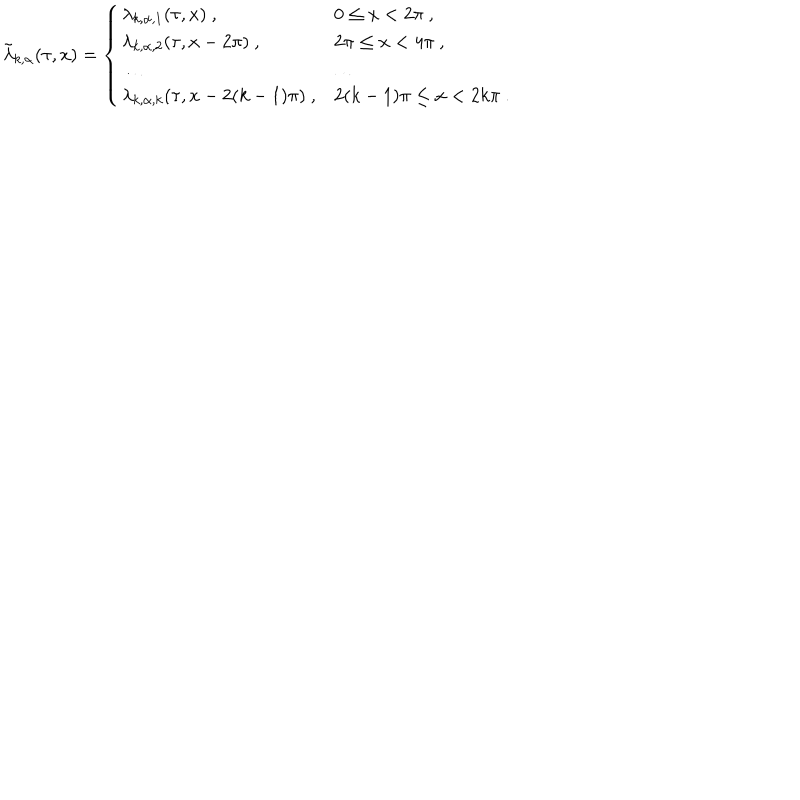
\tilde { \lambda } _ { k , \alpha } ( \tau , x ) = \left\{ \begin{array} { l l } { { \lambda _ { k , \alpha , 1 } ( \tau , x ) ~ , } } & { { 0 \leq x < 2 \pi ~ , } } \\ { { \lambda _ { k , \alpha , 2 } ( \tau , x - 2 \pi ) ~ , } } & { { 2 \pi \leq x < 4 \pi ~ , } } \\ { { \ldots } } & { { \ldots } } \\ { { \lambda _ { k , \alpha , k } ( \tau , x - 2 ( k - 1 ) \pi ) ~ , } } & { { 2 ( k - 1 ) \pi \leq x < 2 k \pi ~ . } } \\ \end{array} \right.